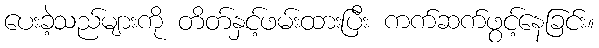
ပေးခဲ့သည်များကို တိတ်နှင့်ဖမ်းထားပြီး ကက်ဆက်ဖွင့်နေခြင်း။